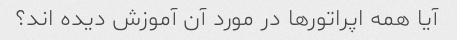
آیا همه اپراتورها در مورد آن آموزش دیده اند؟